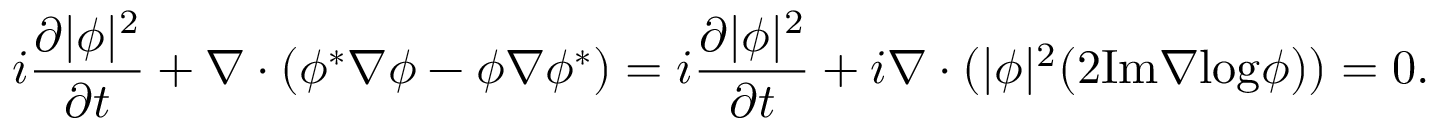
i \frac { \partial | \phi | ^ { 2 } } { \partial t } + \nabla \cdot ( \phi ^ { * } \nabla \phi - \phi \nabla \phi ^ { * } ) = i \frac { \partial | \phi | ^ { 2 } } { \partial t } + i \nabla \cdot ( | \phi | ^ { 2 } ( 2 \mathrm { I m } \nabla \mathrm { l o g } \phi ) ) = 0 .